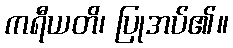
ကရီယတိ၊ ပြုအပ်၏။